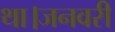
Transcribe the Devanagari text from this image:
था।जनवरी